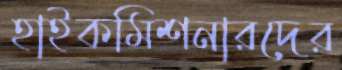
হাইকমিশনারদের